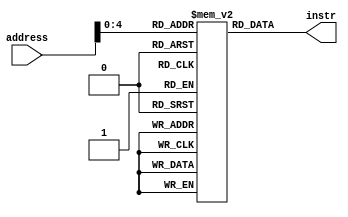
module instr_rom #(parameter N=32, Depth = 32)
(input [N-1 : 0] address, output reg [N-1 : 0] instr);
reg [N-1: 0] memory [Depth-1: 0];

initial begin
	memory[0] = 32'b000000_00001_00010_00011_00000_100000;
	// opcode = 0; rs = 1; rt = 2; rd = 3; shamt = 0; function = 32 addition
	memory[1] = 32'b000000_00101_00110_00111_00000_100010;	
	// opcode = 0; rs = 5; rt = 6; rd = 7; shamt = 0; function = 34 subtraction
	memory[2] = 32'b000000_00101_00001_00010_00000_100100;
	// opcode = 0; rs = 5; rt = 1; rd = 2; shamt = 0; function = 36 and
  	memory[3] = 32'b000000_00110_01100_00010_00000_100101;
	// opcode = 0; rs = 6; rt = 12; rd = 2; shamt = 0; function = 37 or
	memory[4] = 32'b000100_11110_11111_00000_00000_000001;
	// opcode = 4; rs = 30; rt = 31; imm = 1; beq
	memory[5] = 32'b000010_00000_00000_00000_00000_000100;
	// opcode = 2; addr = 4 then by shifting left by 2 it becomes (16) jump
	memory[16] = 32'b100011_00000_00001_00000_00000_000001;
	// opcode = 35; rs = 0; rt = 1; imm = 1 lw
	memory[17] = 32'b101011_00011_11111_00000_00000_000011;
	// opcode = 43; rs = 3; rt = 31; imm = 3 sw
	memory[18] = 32'b000111_00000_00001_00000_00000_000001;
	// opcode = 7; rs = 0; rt = 1; imm = 1 addi rt = rs+imm = 2 at loc =1
	memory[19] = 32'b000000_00000_00001_00000_00000_101010;
	// opcode = 0; rs = 0, rt=1; shamt =0; function =  42  for slt
	
	memory[20] = 32'b001010_00000_00101_00000_00000_001010;
	// opcode = 10; rs = 0; rt = 5; imm = 10 slti 
	
	
	memory[21] = 32'b000111_00000_00001_00000_00000_000010;
	// opcode = 7; rs = 0; rt = 1; imm = 1 ori rt = rs+imm = 2 at loc =1
	
	memory[22] = 32'b001111_00000_00000_00000_00000_000010;
	// opcode = 15; rs = 0; rt = 0; imm = 1 ori rt = rs+imm = 2 at loc =1

end

always @(address) begin
instr <= memory[address];
end
endmodule